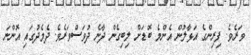
ވަރެވެ. ފިރިންގެ އަޅާލުން އެންމެ ބޮޑަށް ލިބިގެން ދާނެ ދުވަސްވަރެވެ. ދެމެދުގައި އޮންނަ